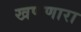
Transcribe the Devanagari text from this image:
खणणारा